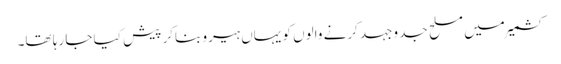
کشمیرمیں مسلح جد وجہد کرنے والوں کو یہاں ہیرو بناکر پیش کیا جا رہا تھا۔